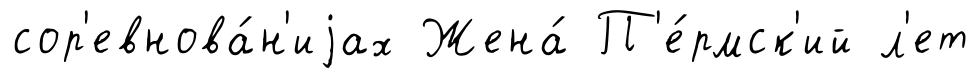
сор'евнова́н'иjах Жена́ П'е́рмск'ий л'ет